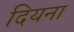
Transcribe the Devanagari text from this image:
दियना